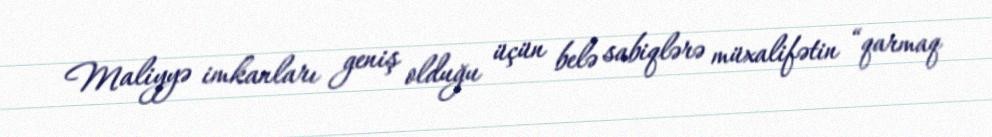
Maliyyə imkanları geniş olduğu üçün belə sabiqlərə müxalifətin “qarmaq